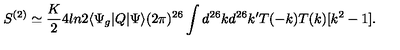
S ^ { ( 2 ) } \simeq \frac K 2 4 l n 2 \langle \Psi _ { g } | Q | \Psi \rangle ( 2 \pi ) ^ { 2 6 } \int d ^ { 2 6 } k d ^ { 2 6 } k ^ { \prime } T ( - k ) T ( k ) [ k ^ { 2 } - 1 ] .